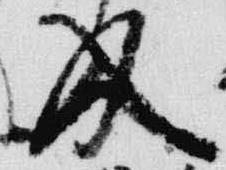
及